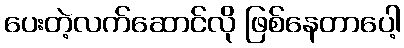
ပေးတဲ့လက်ဆောင်လို ဖြစ်နေတာပေါ့